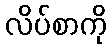
လိပ်စာကို